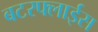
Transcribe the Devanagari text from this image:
बटरफ्लाईस